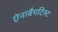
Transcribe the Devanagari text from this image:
ऐनाबैपटिस्ट